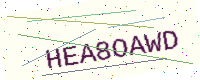
Text: HEA8OAWD